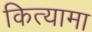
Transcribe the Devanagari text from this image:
कित्यामा